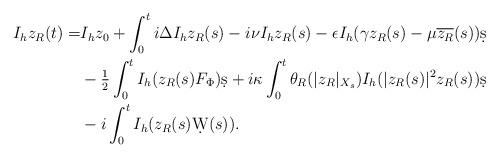
LaTeX: \begin{align*} I_h z_R(t)=&I_h z_0 +\int_0^t i\Delta I_h z_R(s)-i \nu I_h z_R(s) -\epsilon I_h (\gamma z_R(s) -\mu \overline{z_R}(s))\d s \\ &-\tfrac{1}{2}\int_0^t I_h (z_R(s)F_\Phi )\d s+i\kappa \int_0^t \theta_R(|z_R|_{X_s})I_h(|z_R(s)|^2z_R(s))\d s\\ &-i\int_0^t I_h(z_R(s)\d W(s)).\end{align*}